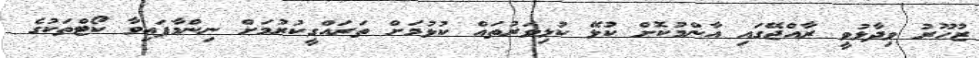
ޒުހޫރު ވިދާޅުވީ ރާއްޖޭގައި އާންމުކޮށް ކުޅޭ ކުޅިވަރުތައް ކުޅުމަށް ތަރައްގީކުރުމަށް ނިންމާފައިވާ ކޯޓްތަކުގެ